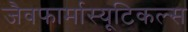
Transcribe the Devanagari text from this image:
जैवफार्मास्यूटिकल्स